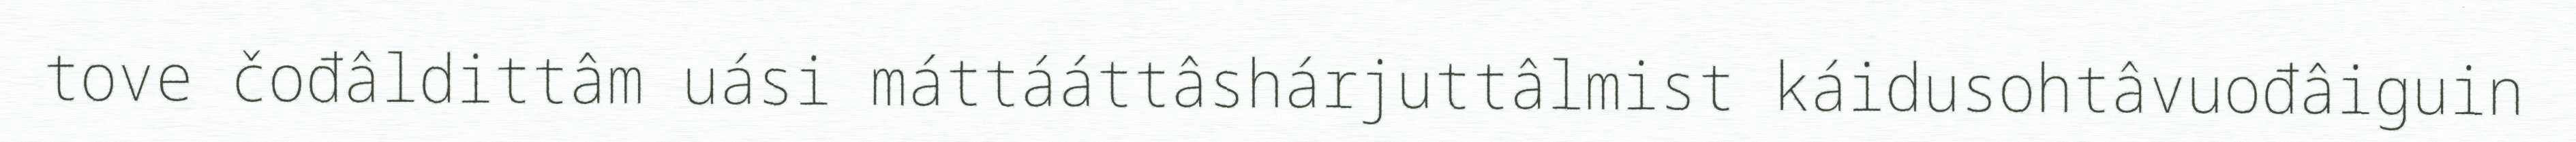
tove čođâldittâm uási máttááttâshárjuttâlmist káidusohtâvuođâiguin